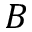
B